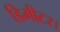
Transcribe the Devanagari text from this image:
डिमीटर।